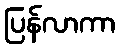
ပြန်လာကာ